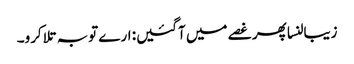
زیبالنسا پھر غصے میں آگئیں: ارے توبہ تلا کرو۔